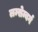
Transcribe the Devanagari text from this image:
लम्सेम्बर्ग